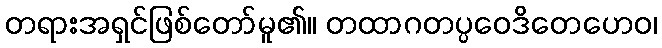
တရားအရှင်ဖြစ်တော်မူ၏။ တထာဂတပ္ပဝေဒိတေဟေဝ၊